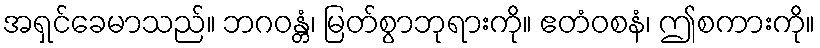
အရှင်ခေမာသည်။ ဘဂဝန္တံ၊ မြတ်စွာဘုရားကို။ ဧတံဝစနံ၊ ဤစကားကို။